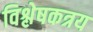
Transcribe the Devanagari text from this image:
विश्लेषकत्रय